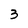
Character: 3